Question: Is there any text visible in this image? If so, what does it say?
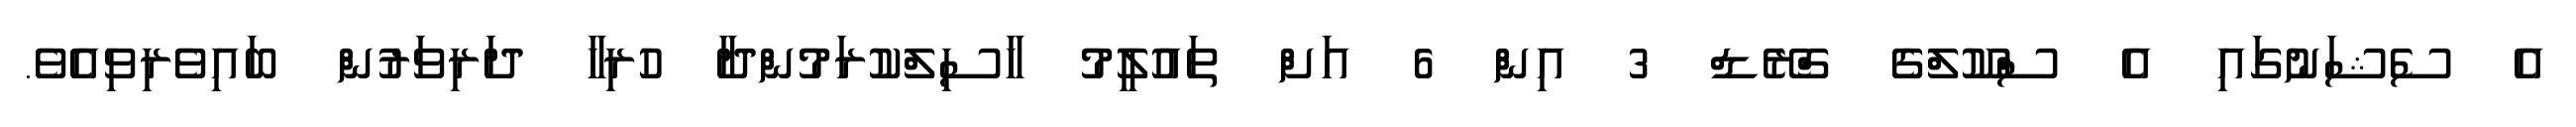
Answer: އެ ސެޝަނުގައި އެ ސްކޫލްގެ ގްރޭޑް 3 އިން 6 އަށް ތައުލީމު ހާސިލްކުރަމުންދާ ހުރިހާ ދަރިވަރުން ބައިވެރިވިއެވެ.